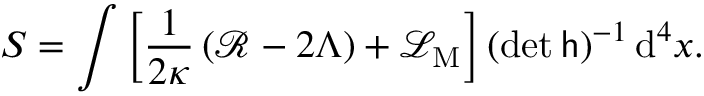
S = \int \left[ { \frac { 1 } { 2 \kappa } } \left( { \mathcal { R } } - 2 \Lambda \right) + { \mathcal { L } } _ { \mathrm { M } } \right] ( \operatorname* { d e t } { \mathsf { h } } ) ^ { - 1 } \, \mathrm { d } ^ { 4 } x .